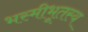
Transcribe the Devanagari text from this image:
भस्मीभूतस्य